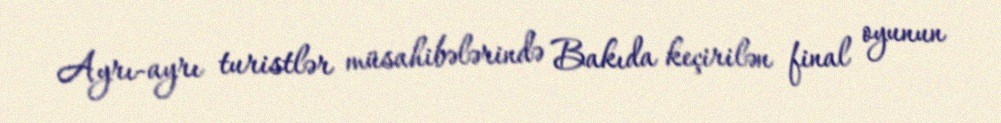
Ayrı-ayrı turistlər müsahibələrində Bakıda keçirilən final oyunun